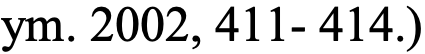
ym. 2002, 411- 414.)